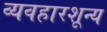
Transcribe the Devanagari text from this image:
व्यवहारशून्य